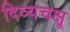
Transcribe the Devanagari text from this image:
दिव्यचक्षू